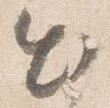
出